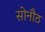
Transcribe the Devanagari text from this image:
सोनौठ